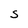
Character: S